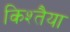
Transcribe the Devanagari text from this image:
किश्तैया